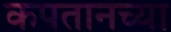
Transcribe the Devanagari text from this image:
कपतानच्या